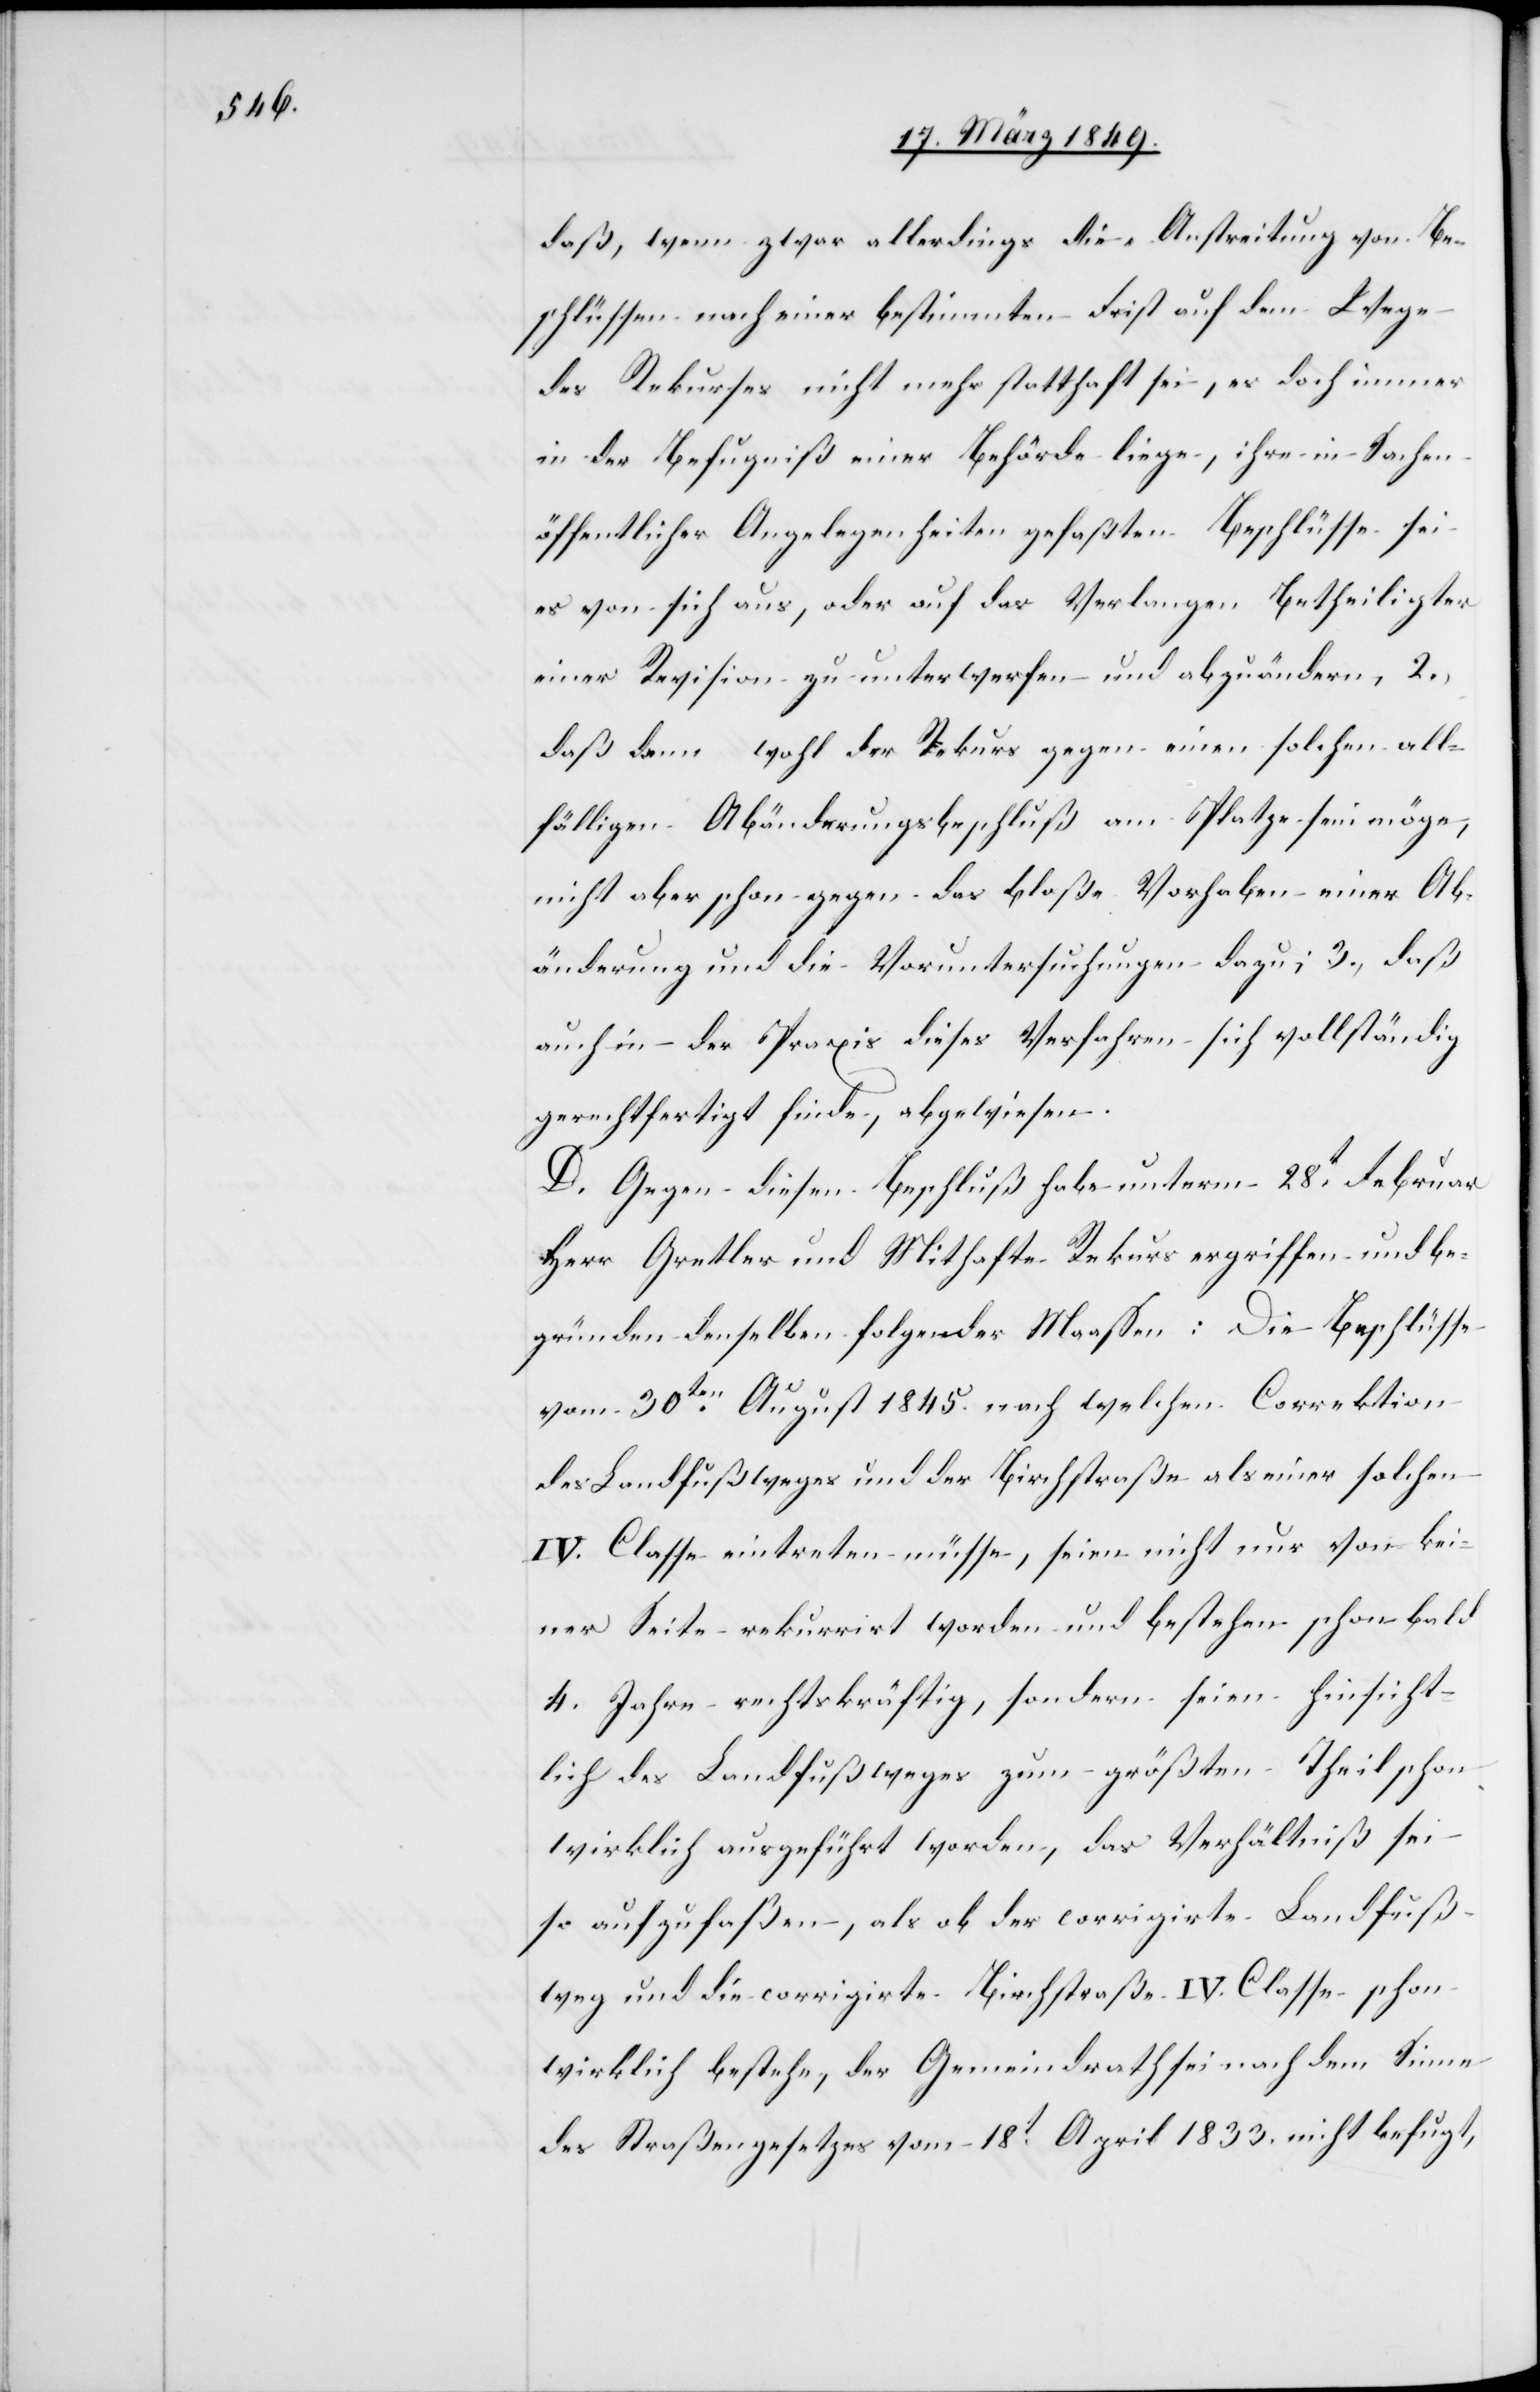
daß, wenn zwar allerdings die Anstreitung von Be¬
schlüssen nach einer bestimmten Frist auf dem Wege
des Rekurses nicht mehr statthaft sei, es doch immer
in der Befugniß einer Behörde liege, ihre in Sachen
öffentlicher Angelegenheiten gefaßten Beschlüsse sei
es von sich aus, oder auf das Verlangen Betheiligter
einer Revision zu unterwerfen und abzuändern, 2.,
daß dann wohl der Rekurs gegen einen solchen all¬
fälligen Abänderungsbeschluß am Platze sein möge,
nicht aber schon gegen das bloße Vorhaben einer Ab¬
änderung und die Voruntersuchungen dazu; 3., daß
auch in der Praxis dieses Verfahren sich vollständig
gerechtfertigt finde, abgewiesen.
D. Gegen diesen Beschluß habe unterm 28t. Februar
Herr Gretler und Mithafte Rekurs ergriffen und be¬
gründen denselben folgender Maassen: Die Beschlüsse
vom 30ten. August 1845. nach welchen Correktion
des Landfußweges und der Birchstraße als einer solchen
IV. Classe eintreten müsse, seien nicht nur von kei¬
ner Seite rekurrirt worden und bestehen schon bald
4. Jahre rechtskräftig, sondern seien hinsicht¬
lich des Landfußweges zum größten Theil schon
wirklich ausgeführt worden, das Verhältniß sei
so aufzufaßen, als ob der corrigirte Landfuß¬
weg und die corrigirte Birchstraße IV. Classe schon
wirklich bestehe, der Gemeindrath sei nach dem Sinne
des Straßengesetzes vom 18t. April 1833. nicht befugt,